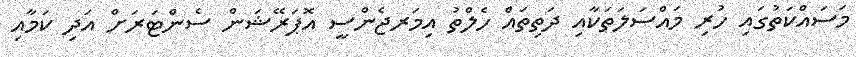
މަސައްކަތުގައި ހުރި މައްސަލަތަކާއި ދަތިތައް ހެލްތު އިމަރޖެންސީ އޮޕަރޭޝަން ސެންޓަރަށް އަދި ކަމާއި